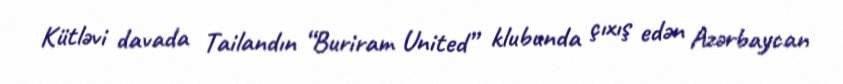
Kütləvi davada Tailandın “Buriram United” klubunda çıxış edən Azərbaycan